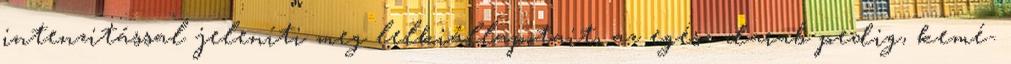
intenzitással jeleníti meg lelkiállapotait, az egész darab pedig, kemé-